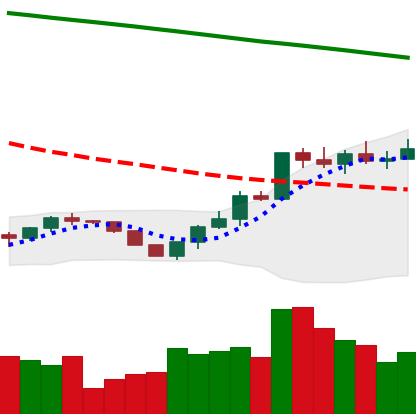
Ticker: ETH-USD
Chart end date: 2022-07-24
Forward return: 7.998%
Label: up_7plus